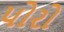
પોરો